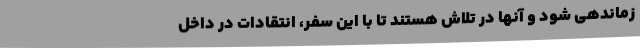
زماندهی شود و آنها در تلاش هستند تا با این سفر، انتقادات در داخل